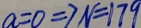
a = 0 \Rightarrow N = 1 7 9